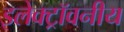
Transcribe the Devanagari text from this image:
इलेक्ट्रॉवनीय